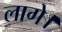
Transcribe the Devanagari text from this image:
लागे।